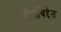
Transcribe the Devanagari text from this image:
योगविद्देत